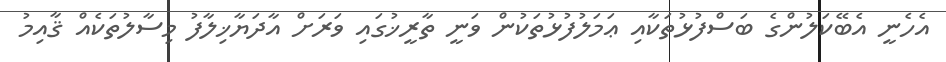
އެހެނީ އެބޭކަލުންގެ ބަސްފުޅުތަކާއި ޢަމަލުފުޅުތަކުން ވަނީ ތާރީޚުގައި ވަރަށް އާދަޔާޚިލާފު މިސާލުތަކެއް ޤާއިމު